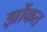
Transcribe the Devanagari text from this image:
झोंकत